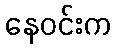
နေဝင်းက